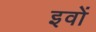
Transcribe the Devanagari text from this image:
इवों